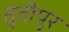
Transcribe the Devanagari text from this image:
तूतीपुर